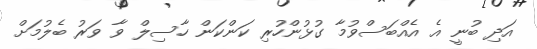
އަދި ބުނީ އެ އެއްބަސްވުމާ ގުޅުންހުރި ކަންކަން ހާސިލް ވާ ވަރު ބެލުމަށް